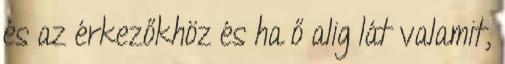
és az érkezőkhöz és ha ő alig lát valamit,